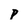
Character: p